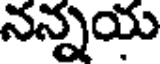
నన్నయ